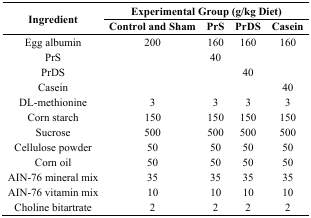
| <ROWSPAN=2> Ingredient | <COLSPAN=4> Experimental Group (g/kg Diet) |
 | Control and Sham | PrS | PrDS | Casein |
 | --- | --- | --- | --- | --- |
 | Egg albumin | 200 | 160 | 160 | 160 |
 | PrS |  | 40 |  |  |
 | PrDS |  |  | 40 |  |
 | Casein |  |  |  | 40 |
 | DL-methionine | 3 | 3 | 3 | 3 |
 | Corn starch | 150 | 150 | 150 | 150 |
 | Sucrose | 500 | 500 | 500 | 500 |
 | Cellulose powder | 50 | 50 | 50 | 50 |
 | Corn oil | 50 | 50 | 50 | 50 |
 | AIN-76 mineral mix | 35 | 35 | 35 | 35 |
 | AIN-76 vitamin mix | 10 | 10 | 10 | 10 |
 | Choline bitartrate | 2 | 2 | 2 | 2 |